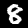
Digit: 8